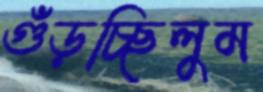
গুঁড়চ্ছিলুম